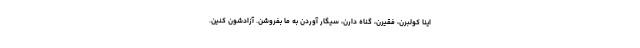
اينا كولبرن، فقيرن، گناه دارن، سيگار آوردن به ما بفروشن. آزادشون كنين.